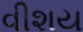
વીશય